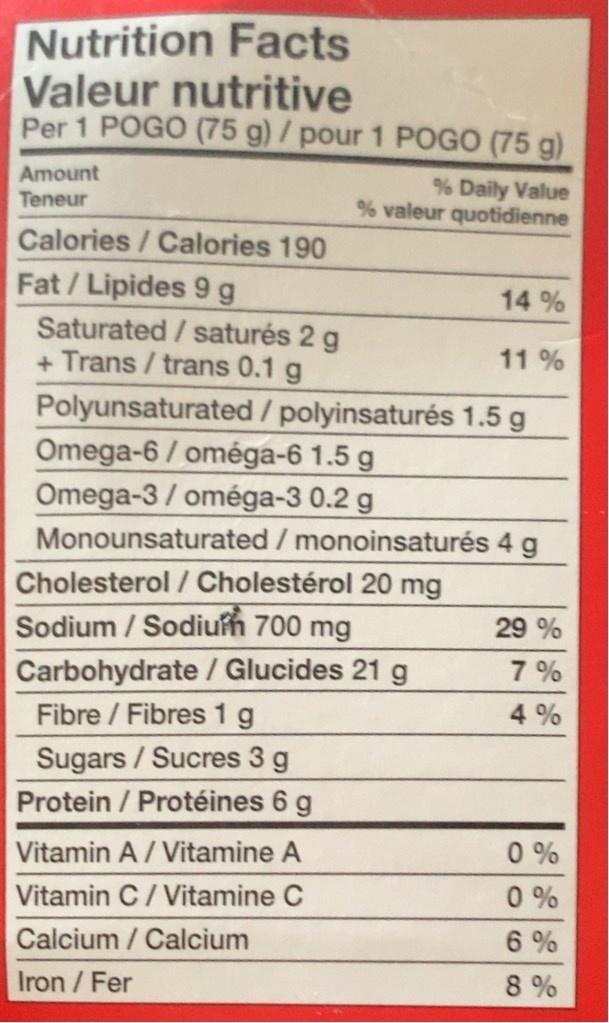
Nutrition Facts Valeur nutritive Per 1 POGO (75 g)/pour 1 POGO (75 g)
Amount Teneur
% Daily Value % valeur quotidienne
Calories/Calories 190
Fat / Lipides 9 g
14 %
Saturated / saturés 2 g + Trans / trans 0.1 g Polyunsaturated/polyinsaturés 1.5 g Omega-6 / oméga-6 1.5 g Omega-3 / oméga-3 0.2 g
11 %
Monounsaturated / monoinsaturés 4 g
Cholesterol / Cholestérol 20 mg
Sodium / Sodiufh 700 mg
29 %
Carbohydrate / Glucides 21 g Fibre / Fibres 1 g
7 %
4%
Sugars / Sucres 3 g Protein / Protéines 6 g
0 % 0 %
Vitamin A/ Vitamine A
Vitamin C/ Vitamine C
Calcium / Calcium
6 %
Iron /Fer
8 %